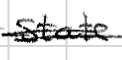
Text: State
Cross-out: double-line
Writing tool: digital_black